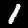
Digit: 1